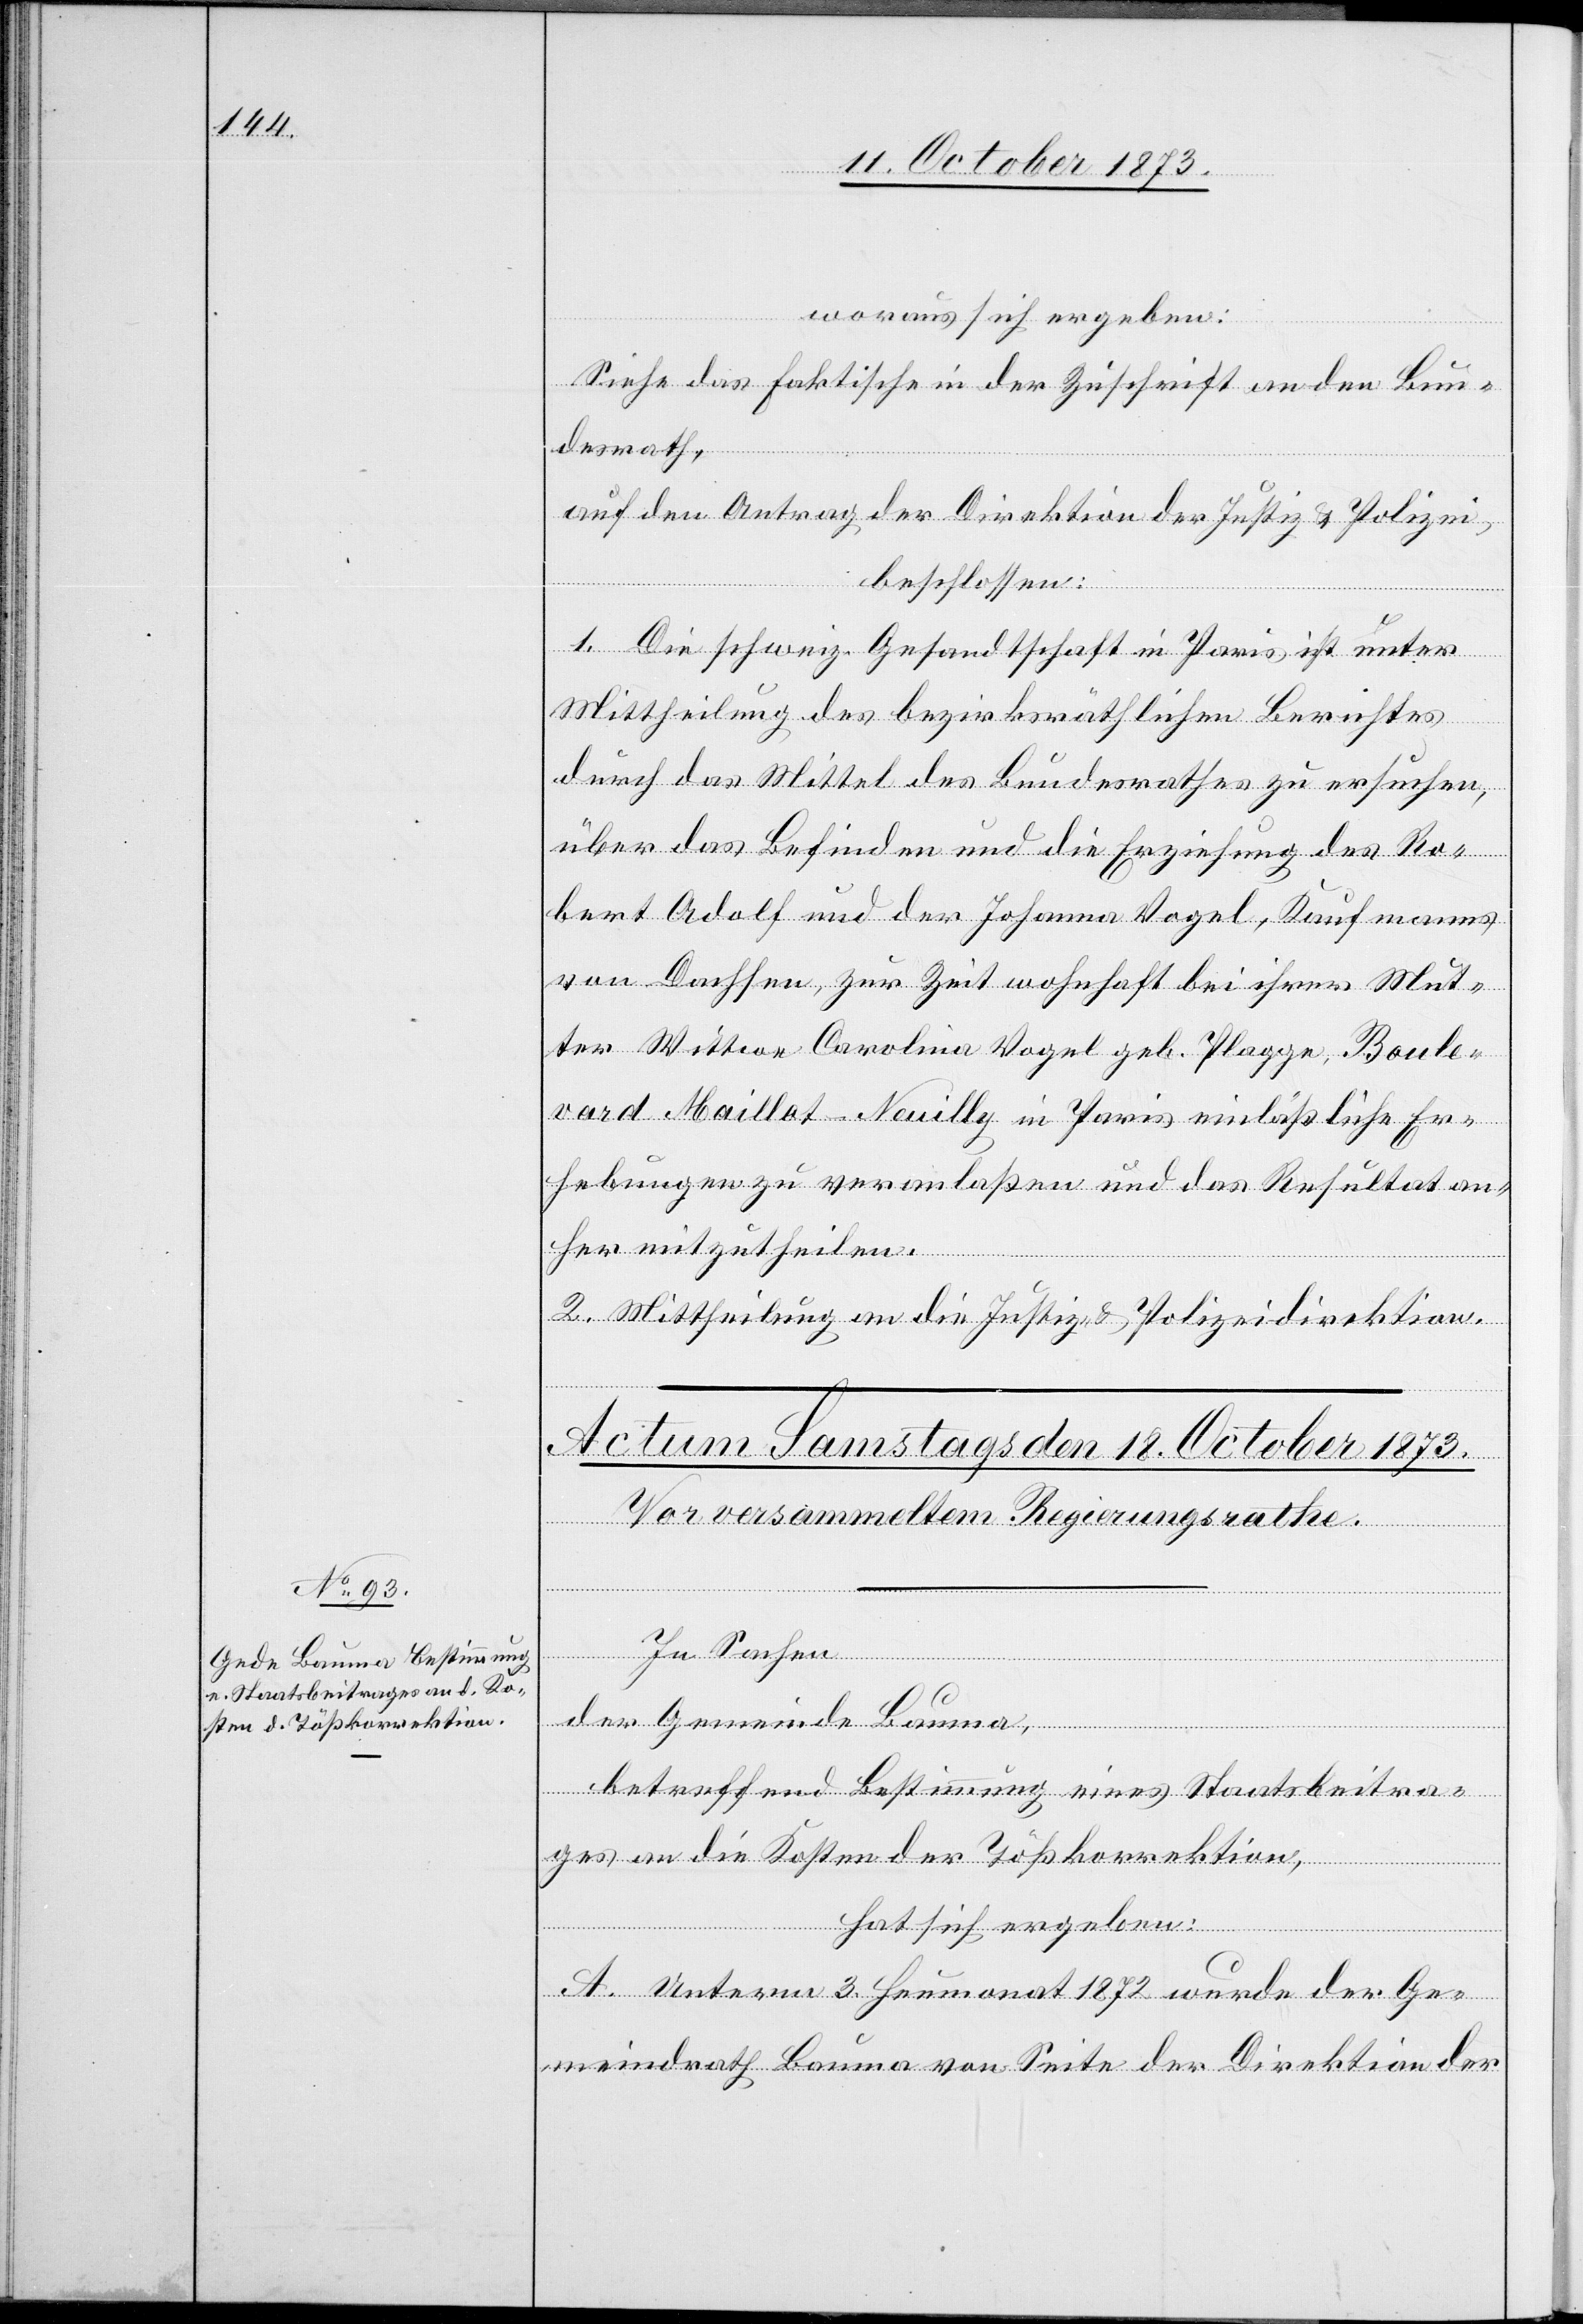
woraus sich ergeben:
Siehe das Faktische in der Zuschrift an den Bun¬
desrath,
auf den Antrag der Direktion der Justiz & Polizei,
beschlossen:
1. Die schweiz. Gesandtschaft in Paris ist unter
Mittheilung des bezirksräthlichen Berichtes
durch das Mittel des Bundesrathes zu ersuchen,
über das Befinden und die Erziehung des Ro¬
bert Adolf und der Johanna Vogel, Kaufmanns
von Dachsen, zur Zeit wohnhaft bei ihrer Mut¬
ter Wittwe Carolina Vogel geb. Plagge, Boule¬
vard Maillot - Neuilly in Paris einläßliche Er¬
hebungen zu veranlaßen und das Resultat an¬
her mitzutheilen.
2. Mittheilung an die Justiz- & Polizeidirektion.